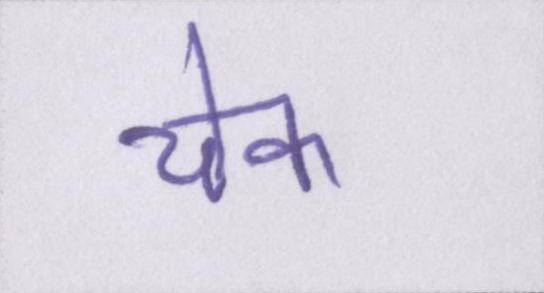
चेक